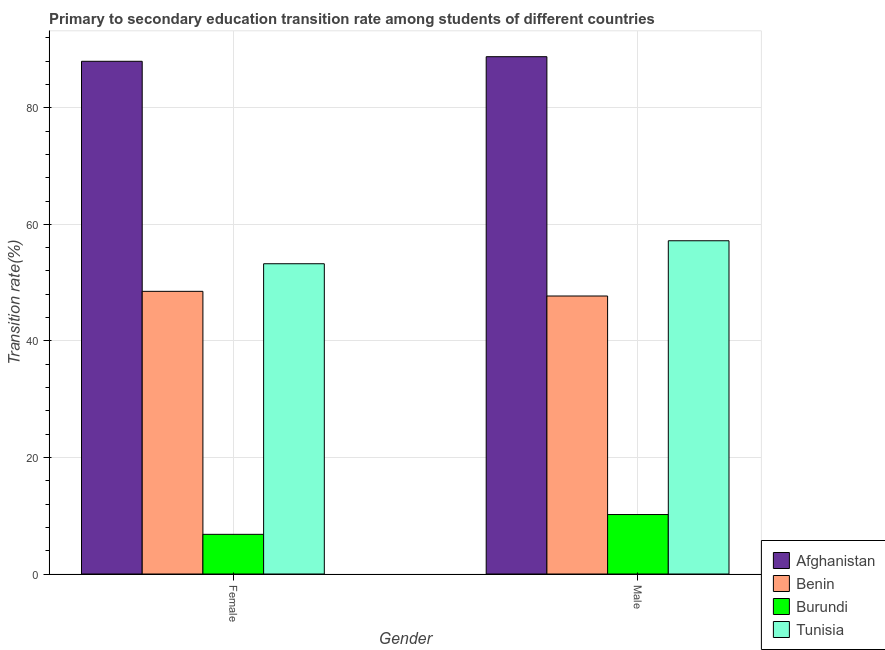
| Gender | Afghanistan | Benin | Burundi | Tunisia |
 | --- | --- | --- | --- | --- |
 | Female | 88 | 48.5 | 6.81 | 53.2 |
 | Male | 88.8 | 47.7 | 10.2 | 57.2 |